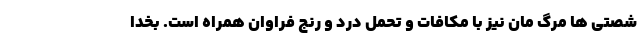
شصتی ها مرگ مان نیز با مکافات و تحمل درد و رنج فراوان همراه است. بخدا